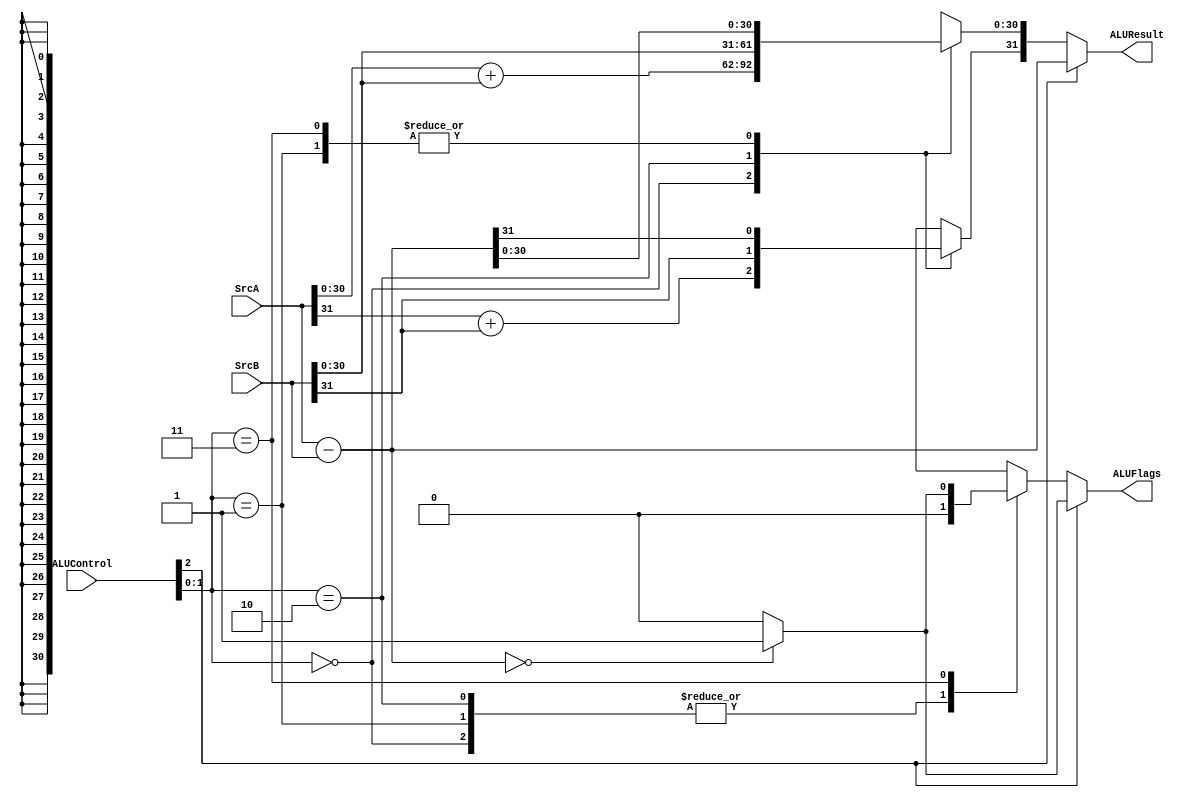
module ALU(
	input [31:0] SrcA,
	input [31:0] SrcB,
	input [2:0] ALUControl,//alucontrol is 3 bit
	//first bit is for add/sub conditional z update
	//others is typical
	output reg[31:0] ALUResult,
	output reg ALUFlags
	);

	always @(*)
	begin
		case(ALUControl[1:0]) 
		2'b00: begin
			
			ALUResult[30:0] = SrcA[30:0] + SrcB[30:0];
			ALUResult[31]= SrcA[31] + SrcB[31];
			//ALUResult = SrcA + SrcB;
			ALUFlags = 0;
			end
		2'b01: begin
			ALUResult = SrcA - SrcB;
			ALUFlags = 0;
			end
			
		2'b10: begin
			ALUResult = SrcB;
			ALUFlags = 0;
			end
		2'b11: begin
			ALUResult = SrcA - SrcB;
			ALUFlags = (ALUResult==32'd0) ? 1'b1 : 1'b0;
			end
		endcase
		if(ALUControl[2]) //if this is 1, then update z value
		begin
			ALUResult = SrcA - SrcB;
			ALUFlags = (ALUResult==32'd0) ? 1'b1 :1'b0;
		end

	end
endmodule